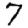
Digit: 7